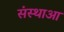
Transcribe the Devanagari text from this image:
संस्थाआ